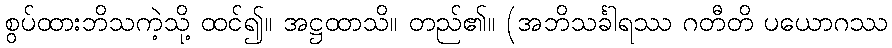
စွပ်ထားဘိသကဲ့သို့ ထင်၍။ အဋ္ဌထာသိ။ တည်၏။ (အဘိသင်္ခါရဿ ဂတီတိ ပယောဂဿ